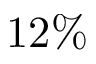
1 2 \%